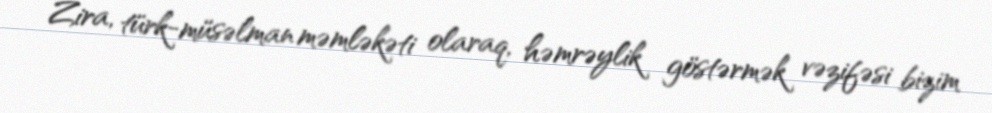
Zira, türk-müsəlman məmləkəti olaraq, həmrəylik göstərmək vəzifəsi bizim